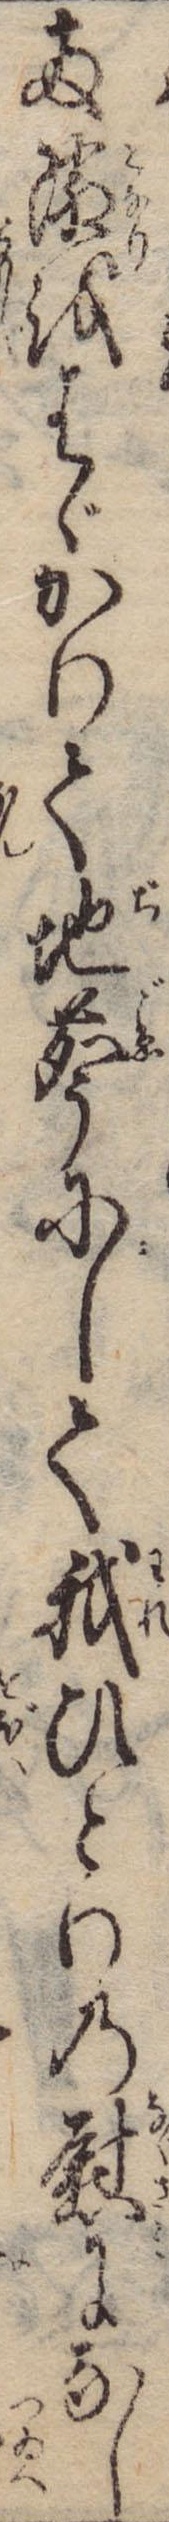
両隣をはゞかりて地声にして我ひとりの慰になし